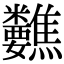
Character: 𥾀